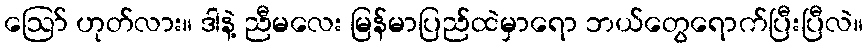
ဪ ဟုတ်လား။ ဒါနဲ့ ညီမလေး မြန်မာပြည်ထဲမှာရော ဘယ်တွေရောက်ပြီးပြီလဲ။